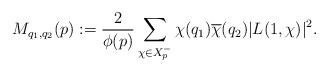
LaTeX: \begin{align*} M_{q_1,q_2}(p):=\frac{2}{\phi(p)} \sum_{\chi \in X_p^-}\chi(q_1)\overline{\chi}(q_2)\vert L(1,\chi)\vert^2.\end{align*}